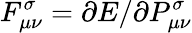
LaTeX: F_{\mu\nu}^{\sigma}=\partial E/\partial P_{\mu\nu}^{\sigma}